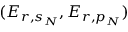
( E _ { r , s _ { N } } , E _ { r , p _ { N } } )